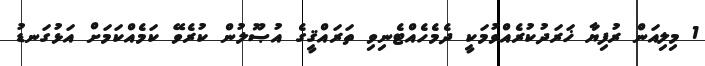
1 މިލިއަން ރުފިޔާ ޚަރަދުކުރެއްވުމަކީ ދެމެހެއްޓެނިވި ތަރައްޤީގެ އުޞޫލުން ކުރެވޭ ކަމެއްކަމަށް އަޅުގަނޑު